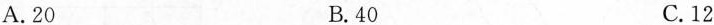
A.20 B.40 C.12